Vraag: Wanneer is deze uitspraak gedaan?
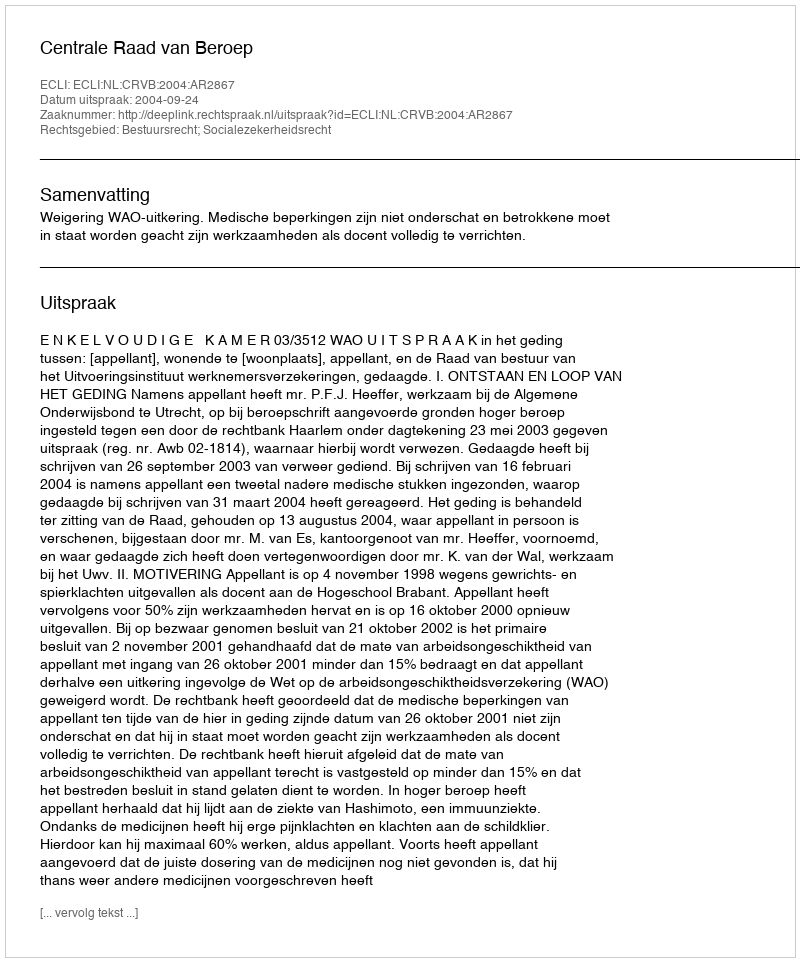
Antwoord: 2004-09-24